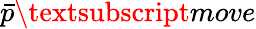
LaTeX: \bar{p}\textsubscript{move}